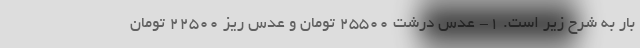
بار به شرح زیر است. 1- عدس درشت 25500 تومان و عدس ریز 22500 تومان